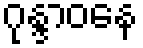
ဂုန္ဒာဝနေ